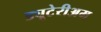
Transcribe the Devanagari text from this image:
ड्यूटेरीअम